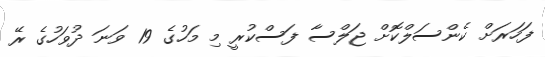
ފަހަރަށް ކެންސަލްކޮށް ޖަލްސާ ފަސްކުރީ މި މަހުގެ 19 ވަނަ ދުވަހުގެ ރޭ